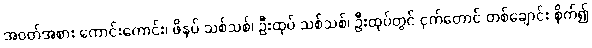
အဝတ်အစား ကောင်းကောင်း၊ ဖိနပ် သစ်သစ်၊ ဦးထုပ် သစ်သစ်၊ ဦးထုပ်တွင် ငှက်တောင် တစ်ချောင်း စိုက်၍